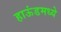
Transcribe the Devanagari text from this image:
हाऊंडमध्ये